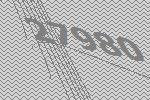
27980